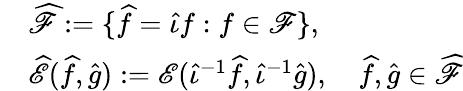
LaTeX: \begin{array}{rl}&{\widehat{\mathscr F}:=\{ \widehat f=\widehat\iota f:f\in{\mathscr F}\} ,}\\ &{\widehat{\mathscr E}(\widehat f,\widehat g):={\mathscr E}(\widehat{\iota}^{-1}\widehat f,\widehat{\iota}^{-1}\widehat g),\quad\widehat f,\widehat g\in\widehat{\mathscr F}}\end{array}